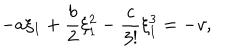
LaTeX: - a \xi _ { 1 } + \frac { b } { 2 } \xi _ { 1 } ^ { 2 } - \frac { c } { 3 ! } \xi _ { 1 } ^ { 3 } = - v ,